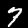
Digit: 7